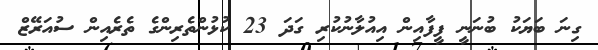
ގިނަ ބަޔަކު ބުނަނީ ފީފާއިން އިއުލާނުކުރި ގަދަ 23 ކުޅުންތެރިންގެ ތެރެއިން ސުއަރޭޒް